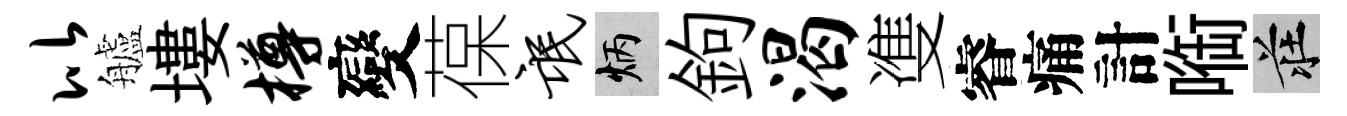
比艫塿樽變葆氓炳鉤渴㕠睿痛計㗸莊